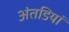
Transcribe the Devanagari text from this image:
अंतडियां